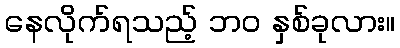
နေလိုက်ရသည့် ဘဝ နှစ်ခုလား။